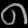
Digit: ၈